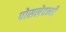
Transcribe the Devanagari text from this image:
पोसलेदन्यी